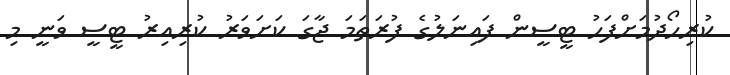
ކުރިހޯދުމަށްފަހު ޓީސީން ފައިނަލުގެ ފުރަތަމަ ޖާގަ ކަށަވަރު ކުރިއިރު ޓީސީ ވަނީ މި